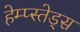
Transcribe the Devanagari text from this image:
हेम्प्स्तेड्स